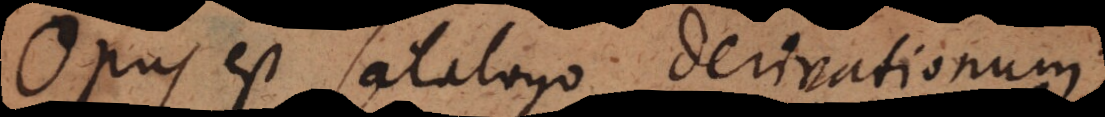
Opus est Catalogo Derivationum